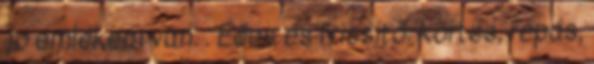
jó emlékem van. . Édes és frissítő: körtés, répás,